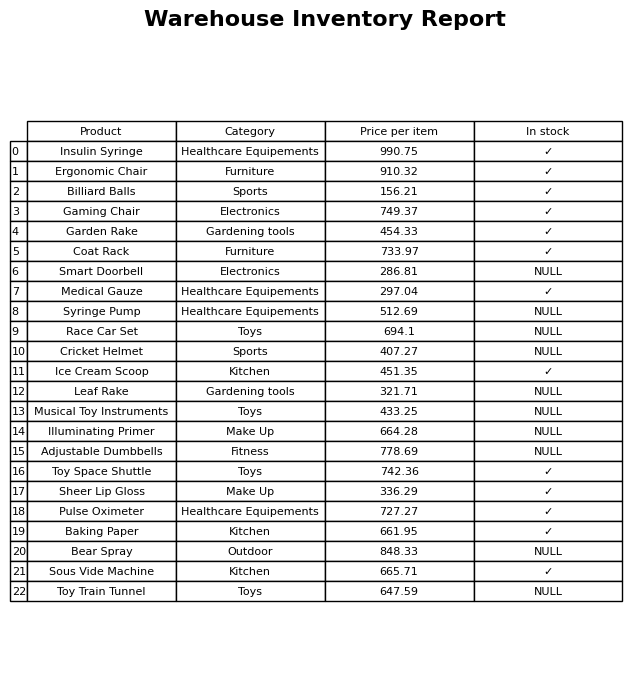
question: What is the price of the Race Car Set?
answer: The price of Race Car Set is 694.1.